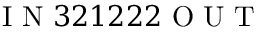
\mathrm { ~ I ~ N ~ } 3 2 1 2 2 2 \mathrm { ~ O ~ U ~ T ~ }